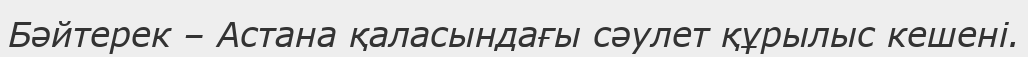
Бәйтерек – Астана қаласындағы сәулет құрылыс кешені.